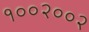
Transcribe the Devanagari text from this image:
१००२००२